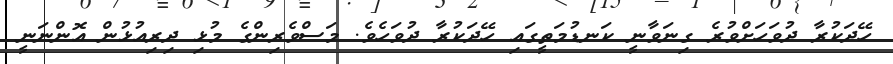
ހޭދަކުރާ ދުވަހަށްވުރެ ގިނަވާނީ ކަނޑުމަތީގައި ހޭދަކުރާ ދުވަހެެވެ. މަސްވެރިންގެ މުޅި ދިރިއުޅުން އޮންނަނީ